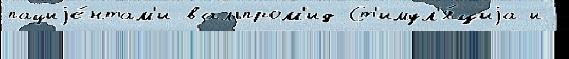
пациjе́нтам'и вальпром'ид Ст'имул'я́циjа и